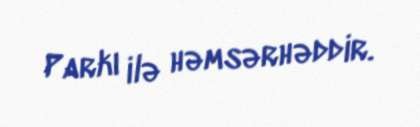
Parkı ilə həmsərhəddir.